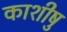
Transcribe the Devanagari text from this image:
काशीषु